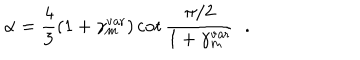
LaTeX: \alpha = { \frac { 4 } { 3 } } ( 1 + \gamma _ { m } ^ { \mathrm { v a r } } ) \cot { \frac { \pi / 2 } { 1 + \gamma _ { m } ^ { \mathrm { v a r } } } } \; \; .